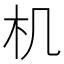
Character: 机